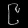
Digit: ၉